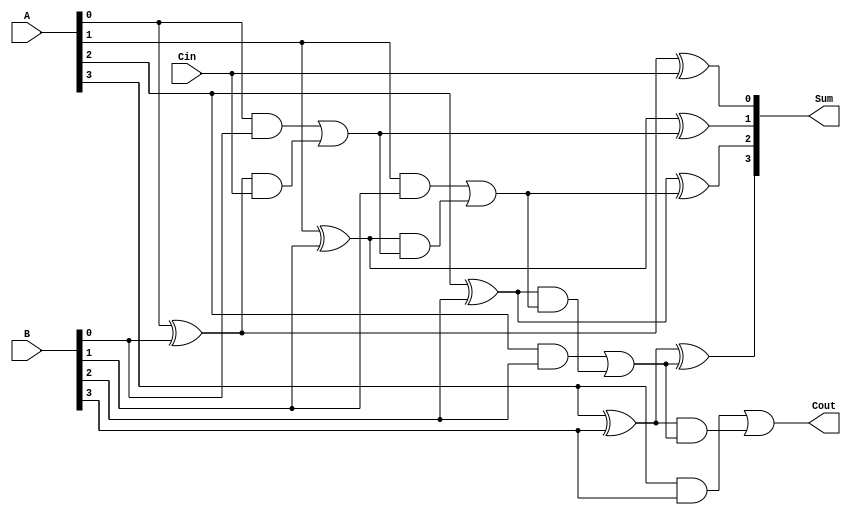
module CILA #(parameter n = 4) (
    input  [n-1:0] A,    // First operand
    input  [n-1:0] B,    // Second operand
    input          Cin,   // Carry-in
    output [n-1:0] Sum,   // Resulting sum
    output         Cout    // Carry-out
);

    // Internal signals
    wire [n-1:0] P; // Propagate signals
    wire [n-1:0] G; // Generate signals
    wire [n:0] C;   // Carry signals

    // Generate and Propagate calculations
    genvar i;
    generate
        for (i = 0; i < n; i = i + 1) begin : gen_prop
            assign P[i] = A[i] ^ B[i]; // Propagate
            assign G[i] = A[i] & B[i]; // Generate
        end
    endgenerate

    // Carry calculation using lookahead logic
    assign C[0] = Cin; // Initial carry-in
    generate
        for (i = 0; i < n; i = i + 1) begin : carry_calc
            assign C[i + 1] = G[i] | (P[i] & C[i]); // Carry generation
        end
    endgenerate

    // Sum calculation
    generate
        for (i = 0; i < n; i = i + 1) begin : sum_calc
            assign Sum[i] = P[i] ^ C[i]; // Sum calculation
        end
    endgenerate

    // Final carry-out
    assign Cout = C[n];

endmodule